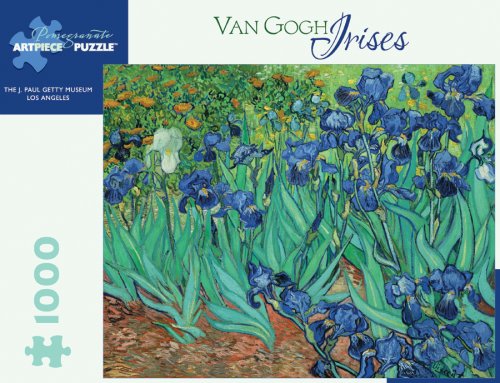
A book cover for Vincent Van Gogh - Irises: 1,000 Piece Puzzle; Teen & Young Adult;